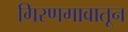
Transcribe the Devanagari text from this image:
गिरणगावातून